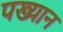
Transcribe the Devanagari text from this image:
पख्यान